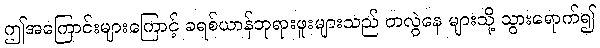
ဤအကြောင်းများကြောင့် ခရစ်ယာန်ဘုရားဖူးများသည် တလွဲနေ များသို့ သွားရောက်၍